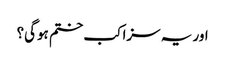
اور یہ سزا کب ختم ہوگی؟